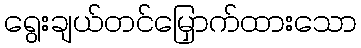
ရွေးချယ်တင်မြှောက်ထားသော